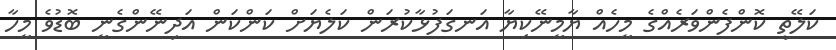
ކަލޭތީ ކޮންފެންވަރެއްގެ މީހެއް ޔާމީނޭކިޔާ އަނގަފުޅާކުރަން ކަލެޔަށް ކަންކަން އަދިނޭންގެނީ ބޮޑުވެ މީހާ